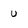
Character: U